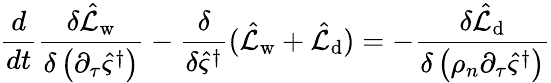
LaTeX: \frac{d}{dt}\frac{\delta\hat{\mathcal{L}}_{\mathrm{w}}}{\delta\left(\partial_{\tau}\hat{\varsigma}^{\dagger}\right)}-\frac{\delta}{\delta\hat{\varsigma}^{\dagger}}(\hat{\mathcal{L}}_{\mathrm{w}}+\hat{\mathcal{L}}_{\mathrm{d}})=-\frac{\delta\hat{\mathcal{L}}_{\mathrm{d}}}{\delta\left(\rho_{n}\partial_{\tau}\hat{\varsigma}^{\dagger}\right)}